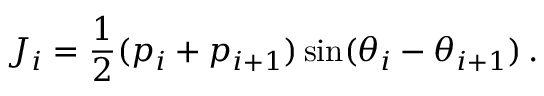
J _ { i } = \frac { 1 } { 2 } ( p _ { i } + p _ { i + 1 } ) \sin ( \theta _ { i } - \theta _ { i + 1 } ) \, .